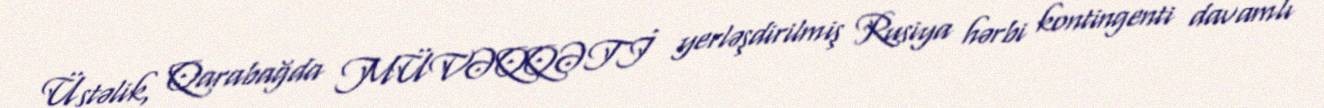
Üstəlik, Qarabağda MÜVƏQQƏTİ yerləşdirilmiş Rusiya hərbi kontingenti davamlı